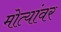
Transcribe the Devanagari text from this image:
मोत्यांवर